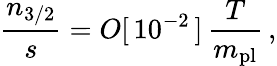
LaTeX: \frac{n_{3/2}}{s}=O[\, 10^{-2}\, ]\, \frac{T}{m_{\mathrm{pl}}}\, ,